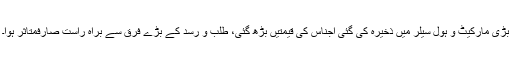
بڑی مارکیٹ و ہول سیلر میں ذخیرہ کی گئی اجناس کی قیمتیں بڑھ گئی، طلب و رسد کے بڑے فرق سے براہ راست صارفمتاثر ہوا۔